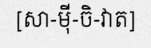
[សា-ម៉ី-ចិ-វាត]